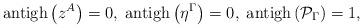
LaTeX: \begin{align*}\mathrm{antigh}\left( z^{A}\right) =0,\;\mathrm{antigh}\left( \eta ^{\Gamma}\right) =0,\;\mathrm{antigh}\left( \mathcal{P}_{\Gamma }\right) =1,\end{align*}